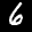
Label: 6